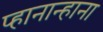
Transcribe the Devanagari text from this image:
प्हानान्हाना